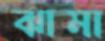
ঝামা